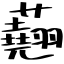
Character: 𧄍